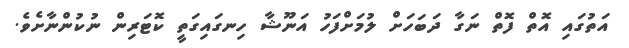
އަތުގައި އޮތް ފޮތް ނަގާ ދަބަހަށް ލުމަށްފަހު އަނޫޝާ ހިނގައިގަތީ ކޮޓަރިން ނުކުންނާށެވެ.